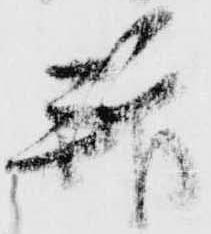
拝